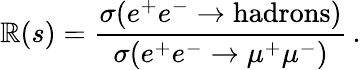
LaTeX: \mathbb{R}(s)={\frac{{\sigma(e^{+}e^{-}\to\mathrm{{hadrons}})}}{{\sigma(e^{+}e^{-}\to\mu^{+}\mu^{-})}}}\, .